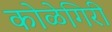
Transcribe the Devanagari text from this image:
कोळेगिरी